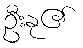
ဦးနု၏